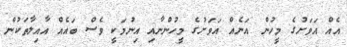
އެއް އަވަށުގެ މީހުން އަނެއް އަވަށުގެ މީހުންނާއި އިނުމަކީ ވެސް ބައެއް އާއިލާތަކުން